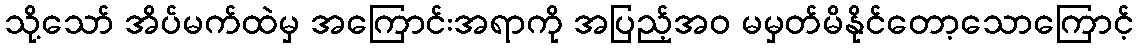
သို့သော် အိပ်မက်ထဲမှ အကြောင်းအရာကို အပြည့်အဝ မမှတ်မိနိုင်တော့သောကြောင့်